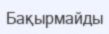
Бақырмайды